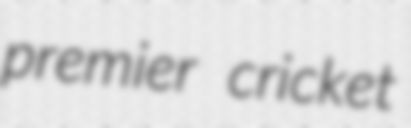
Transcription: premier cricket